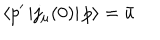
LaTeX: \left\langle p ^ { \prime } \left| j _ { \mu } ( 0 ) \right| p \right\rangle = \bar { u }